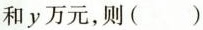
和y万元，则（ ）